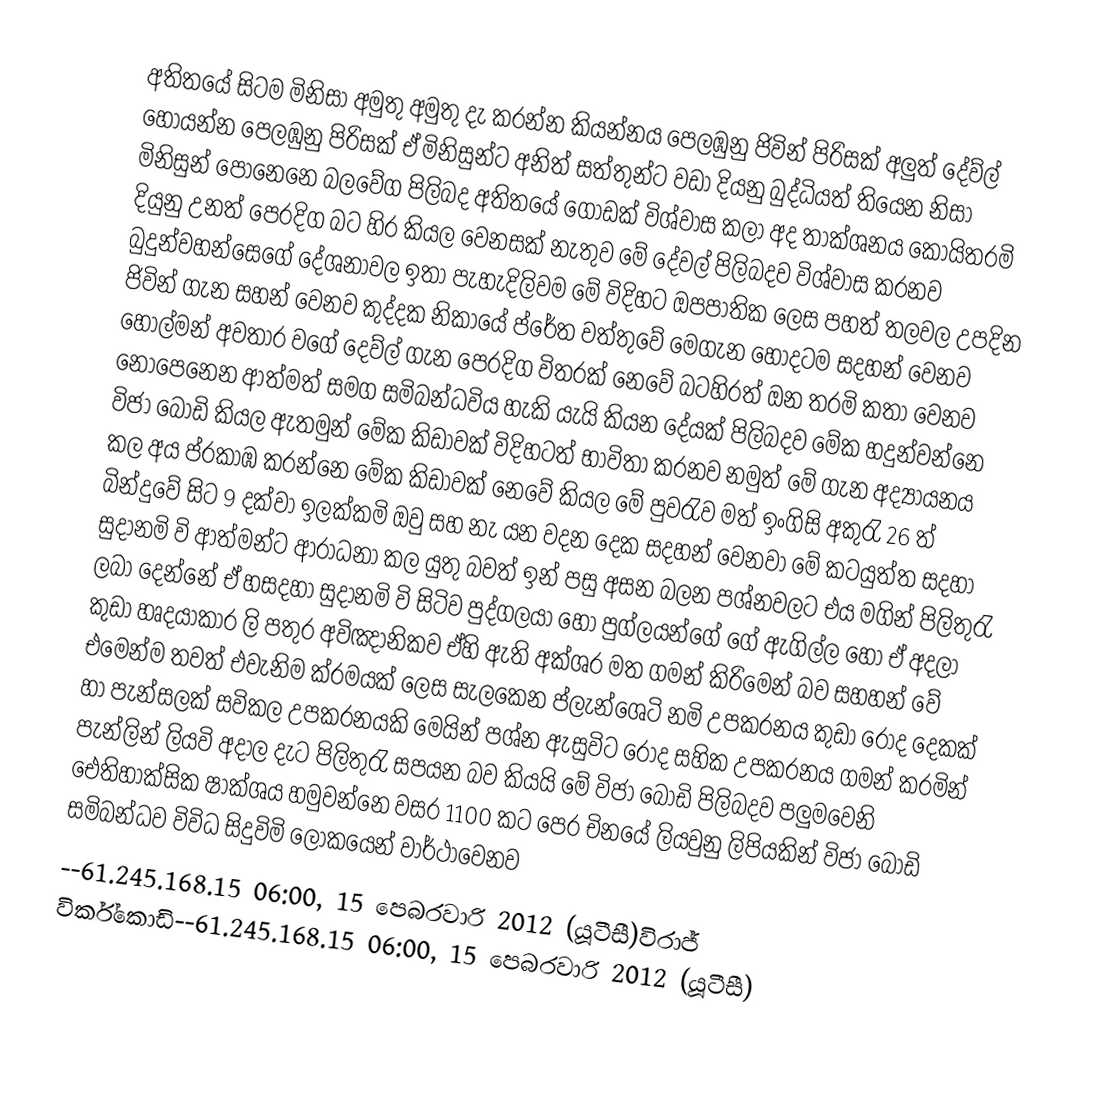
අතිතයේ සිටම මිනිසා අමුතු අමුතු දැ කරන්න කියන්නය පෙලඹුනු ජිවින් පිරිසක් අලුත් දේව්ල් හොයන්න පෙලඹුනු පිරිසක් ඒ මිනිසුන්ට අනිත් සත්තුන්ට වඩා දියනු බුද්ධියත් තියෙන නිසා මිනිසුන් පොනෙනෙ බලවේග පිලිබද අතිතයේ ගොඩක් විශ්වාස කලා අද තාක්ශනය කොයිතරමි දියුනු උනත් පෙරදිග බට හිර කියල වෙනසක් නැතුව මේ දේවල් පිලිබදව විශ්වාස කරනව බුදුන්වහන්සෙගේ දේශනාවල ඉතා පැහැදිලිවම  මේ විදිහට ඔපපාතික ලෙස පහත් තලවල උපදින ජිවින් ගැන සහන් වෙනව කුද්දක නිකායේ ප්රේත වත්තුවේ මෙගැන හොදටම සදහන් වෙනව  හොල්මන් අවතාර වගේ දෙව්ල් ගැන පෙරදිග විතරක් නෙවේ බටහිරත් ඔන තරමි කතා වෙනව  නොපෙනෙන ආත්මත් සමග සමිබන්ධවිය හැකි යැයි කියන දේයක් පිලිබදව මේක හදුන්වන්නෙ විජා බෝඩි කියල ඇතමුන් මේක කිඩාවක් විදිහටත් භාවිතා කරනව නමුත් මේ ගැන අද්‍යායනය කල අය  ප්රකාඹ කරන්නෙ  මේක කිඩාවක් නෙවේ කියල  මේ පුවරැව මත් ඉංගිසි අකුරැ 26 ත් බින්දුවේ සිට 9 දක්වා ඉලක්කමි ඔවු සහ නැ යන වදන දෙක සදහන් වෙනවා මේ කටයුත්ත සදහා සුදානමි වි ආත්මන්ට ආරාධනා කල යුතු බවත් ඉන් පසු අසන බලන පශ්නවලට එය මගින් පිලිතුරැ ලබා දෙන්නේ ඒ හසදහා සුදානමි වි සිටිව පුද්ගලයා හෝ පුග්ලයන්ගේ ගේ ඇගිල්ල හෝ ඒ අදලා කුඩා හෘදයාකාර ලි පතුර අවිඤානිකව ඒහි ඇති අක්ශර මත ගමන් කිරිමෙන් බව සහහන් වේ එමෙන්ම තවත් එවැනිම ක්රමයක් ලෙස සැලකෙන ප්ලැන්ශෙටි නමි උපකරනය කුඩා  රෝද දෙකක් හා පැන්සලක් සවිකල උපකරනයකි මෙයින් පශ්න ඇසුවිට රොද සහික උපකරනය ගමන් කරමින් පැන්ලින් ලියවි අදාල දැට පිලිතුරැ සපයන බව කියයි   මේ විජා බෝඩි පිලිබදව පලුමවෙනි ඓතිහාක්සික ෂාක්ශය හමුවන්නෙ වසර 1100 කට පෙර  චිනයේ ලියවුනු ලිපියකින් විජා බෝඩි සමිබන්ධව විවිධ සිදුවිමි ලෝකයෙන් වාර්ථාවෙනව
--61.245.168.15 06:00, 15 පෙබරවාරි 2012 (යූටීසී)විරාජ් විර්ක්කොඩි--61.245.168.15 06:00, 15 පෙබරවාරි 2012 (යූටීසී)